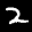
Label: 2